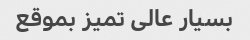
بسیار عالی تمیز بموقع